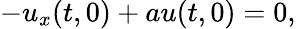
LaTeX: -u_{x}(t,0)+au(t,0)=0,